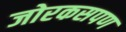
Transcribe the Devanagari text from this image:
जोरकसपण